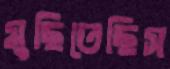
মুছিতেছিস